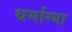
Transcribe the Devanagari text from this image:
धर्माग्या